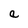
Character: a